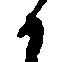
候